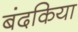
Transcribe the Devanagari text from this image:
बंदकिया